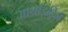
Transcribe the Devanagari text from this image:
आर्थ्राइटिज़